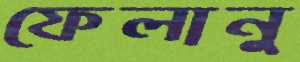
ফেলানু